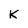
Character: K